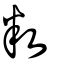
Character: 敉